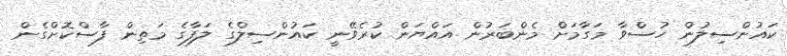
ކައުންސިލުން ހުސްވާ މަގާމަށް މެންބަރުން އައްޔަން ކުރެވޭނީ ކައުންސިލްގެ ލަފާގެ މަތިން ފާސްކޮށްގެން